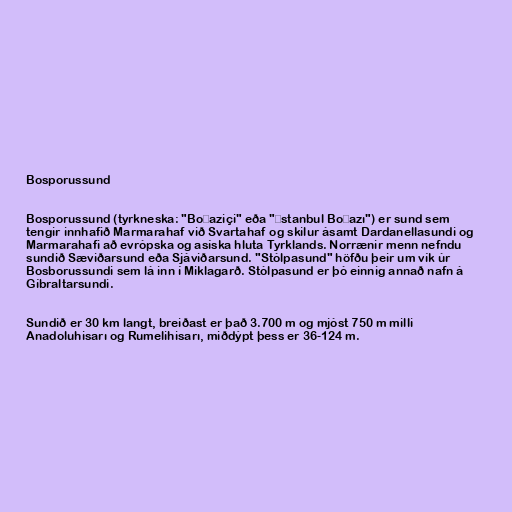
Bosporussund

Bosporussund (tyrkneska: "Boğaziçi" eða "İstanbul Boğazı") er sund sem
tengir innhafið Marmarahaf við Svartahaf og skilur ásamt Dardanellasundi og
Marmarahafi að evrópska og asíska hluta Tyrklands. Norrænir menn nefndu
sundið Sæviðarsund eða Sjáviðarsund. "Stólpasund" höfðu þeir um vík úr
Bosborussundi sem lá inn í Miklagarð. Stólpasund er þó einnig annað nafn á
Gíbraltarsundi.

Sundið er 30 km langt, breiðast er það 3.700 m og mjóst 750 m milli
Anadoluhisarı og Rumelihisarı, miðdýpt þess er 36-124 m.